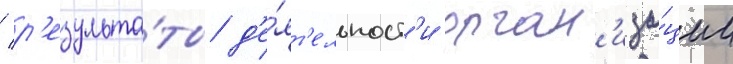
/ р'езульта́ты д'е́ят'ельност'и орган'иза́ции